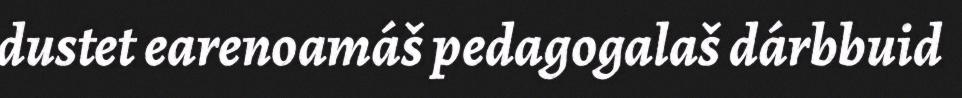
dustet earenoamáš pedagogalaš dárbbuid